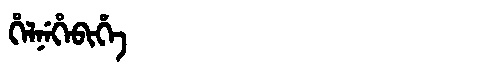
Manchu: ᡥᡝᠯᠨᡝᡥᡝᠪᡳᡥᡝ
Romanization: HELNEHEBIHE